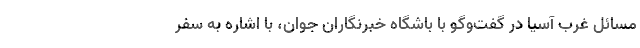
مسائل غرب آسیا در گفت‌وگو با باشگاه خبرنگاران جوان، با اشاره به سفر